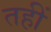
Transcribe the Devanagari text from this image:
तहीं